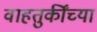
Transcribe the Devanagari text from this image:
वाहतुकींच्या